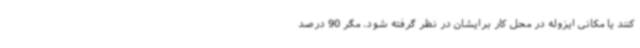
کنند یا مکانی ایزوله در محل کار برایشان در نظر گرفته شود. مگر 90 درصد